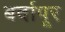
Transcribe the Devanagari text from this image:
बर्दापूर